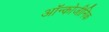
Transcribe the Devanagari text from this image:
ऑन्कोजीनिक